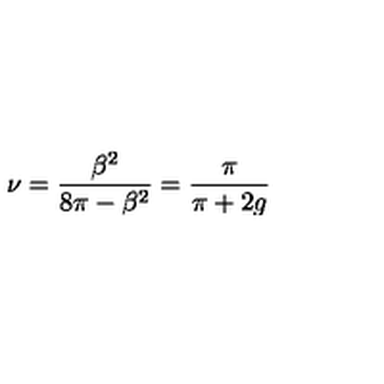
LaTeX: \nu = \frac { \beta ^ { 2 } } { 8 \pi - \beta ^ { 2 } } = \frac { \pi } { \pi + 2 g }